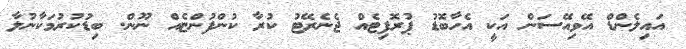
އައިލެންޑް އޭވިއޭސަން އަކީ އެހާބޮޑު ޕުރޮފިޓެއް ޖެނެރޭޓު ކުރާ ކުންފުންޏެއް ނޫން. ބިޑުކުރުމަކާނުލާ